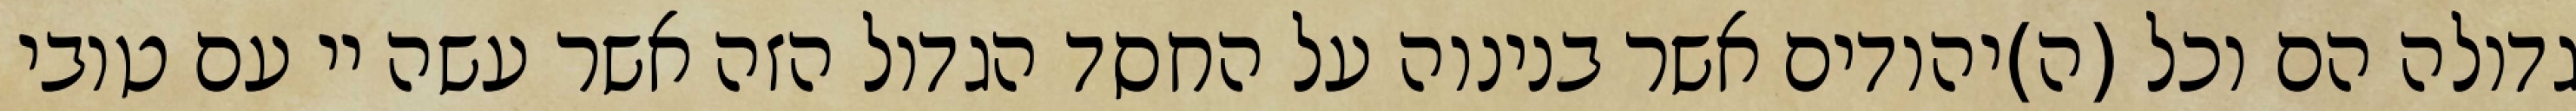
גדולה הם וכל (ה)יהודים אשר בנינוה על החסד הגדול הזה אשר עשה יי עם טובי